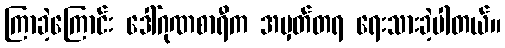
ကြာခဲ့ကြောင်း ဒေါ်ဂုဏစာရီက အမှတ်တရ ရေးသားခဲ့ပါတယ်။